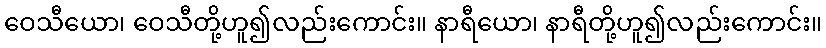
ဝေသီယော၊ ဝေသီတို့ဟူ၍လည်းကောင်း။ နာရီယော၊ နာရီတို့ဟူ၍လည်းကောင်း။